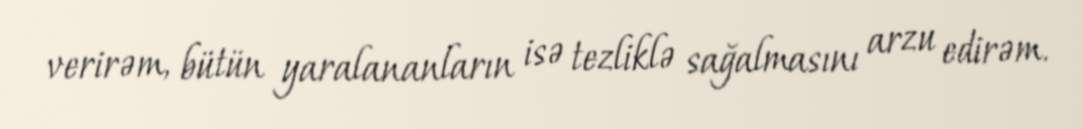
verirəm, bütün yaralananların isə tezliklə sağalmasını arzu edirəm.